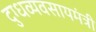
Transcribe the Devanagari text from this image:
दुग्धव्यवसायमंत्री